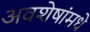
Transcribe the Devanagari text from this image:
अवशेषांमधे